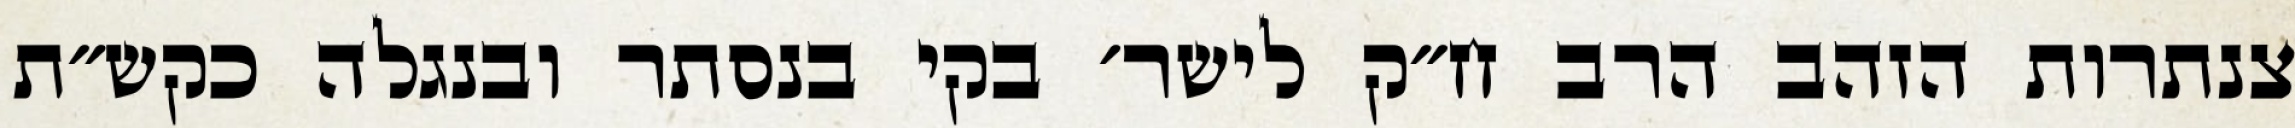
צנתרות הזהב הרב ח״ק לישר׳ בקי בנסתר ובנגלה כקש״ת